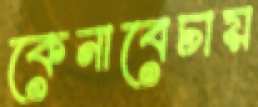
কেনাবেচায়